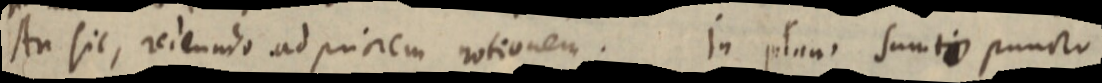
An sit, scieundo ad priorem notionem. In plano sumti puncto